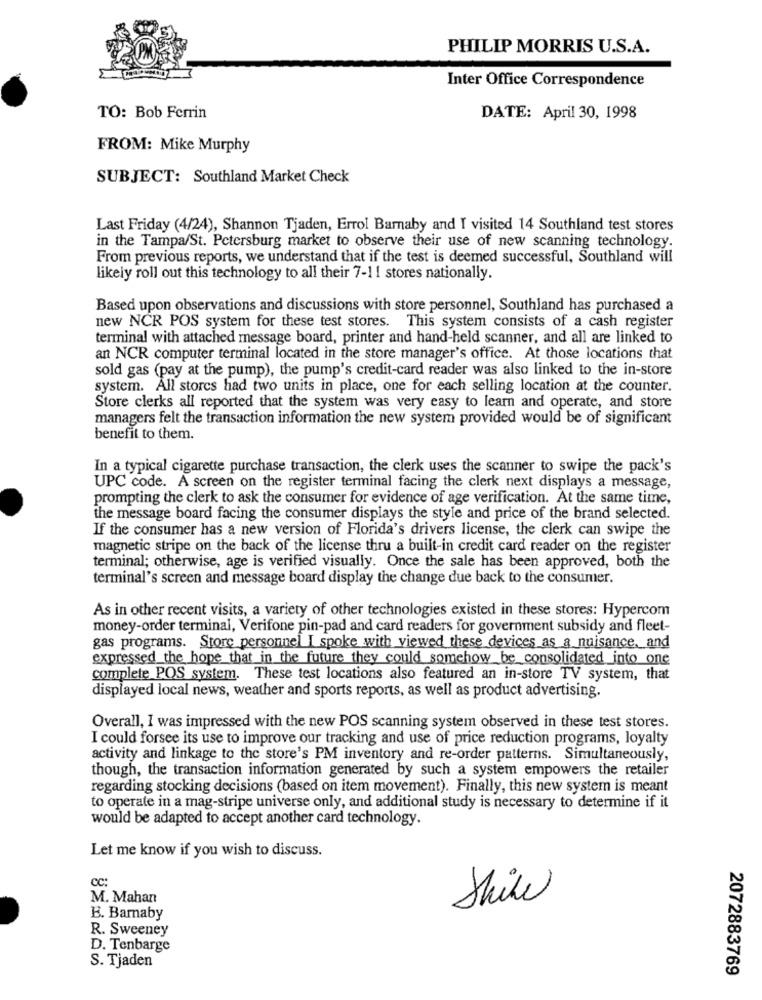
PHILIP MORRIS U.S.A.
Inter Office Correspondence
TO: Bob Ferrin
DATE: April 30, 1998
FROM: Mike Murphy
SUBJECT: Southland Market Check
Last Friday (4/24), Shannon Tjaden, Errol Barnaby and I visited 14 Southland test stores
in the Tampa/St. Petersburg market to observe their use of new scanning technology.
From previous reports, we understand that if the test is deemed successful, Southland will
likely roll out this technology to all their 7-11 stores nationally.
Based upon observations and discussions with store personnel, Southland has purchased a
new NCR POS system for these test stores. This system consists of a cash register
terminal with attached message board, printer and hand-held scanner, and all are linked to
an NCR computer terminal located in the store manager's office. At those locations that
sold gas (pay at the pump), the pump's credit-card reader was also linked to the in-store
system. All stores had two units in place, one for each selling location at the counter.
Store clerks all reported that the system was very easy to learn and operate, and store
managers felt the transaction information the new system provided would be of significant
benefit to them.
In a typical cigarette purchase transaction, the clerk uses the scanner to swipe the pack's
UPC code. A screen on the register terminal facing the clerk next displays a message,
prompting the clerk to ask the consumer for evidence of age verification. At the same time,
the message board facing the consumer displays the style and price of the brand selected.
If the consumer has a new version of Florida's drivers license, the clerk can swipe the
magnetic stripe on the back of the license thru a built-in credit card reader on the register
terminal; otherwise, age is verified visually. Once the sale has been approved, both the
terminal's screen and message board display the change due back to the consumer.
As in other recent visits, a variety of other technologies existed in these stores: Hypercom
money-order terminal, Verifone pin-pad and card readers for government subsidy and fleet-
gas programs. Store personnel I spoke with viewed these devices as a nuisance. and
expressed the hope that in the future they could somehow be consolidated into one
complete POS system. These test locations also featured an in-store TV system, that
displayed local news, weather and sports reports, as well as product advertising.
Overall, I was impressed with the new POS scanning system observed in these test stores.
I could forsee its use to improve our tracking and use of price reduction programs, loyalty
activity and linkage to the store's PM inventory and re-order patterns. Simultaneously,
though, the transaction information generated by such a system empowers the retailer
regarding stocking decisions (based on item movement). Finally, this new system is meant
to operate in a mag-stripe universe only, and additional study is necessary to determine if it
would be adapted to accept another card technology.
Let me know if you wish to discuss.
CC:
M. Mahan
Shine
B. Barnaby
R. Sweeney
D. Tenbarge
S. Tjaden
2072883769